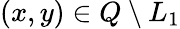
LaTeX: (x,y)\in Q\setminus L_{1}